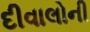
દીવાલોની